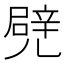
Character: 𠒱